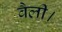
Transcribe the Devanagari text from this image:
वैली।